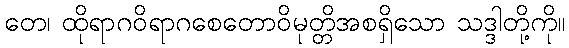
တေ၊ ထိုရာဂဝိရာဂစေတောဝိမုတ္တိအစရှိသော သဒ္ဒါတို့ကို။